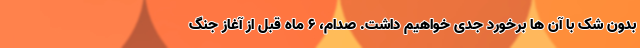
بدون شک با آن ها برخورد جدی خواهیم داشت. صدام، ۶ ماه قبل از آغاز جنگ